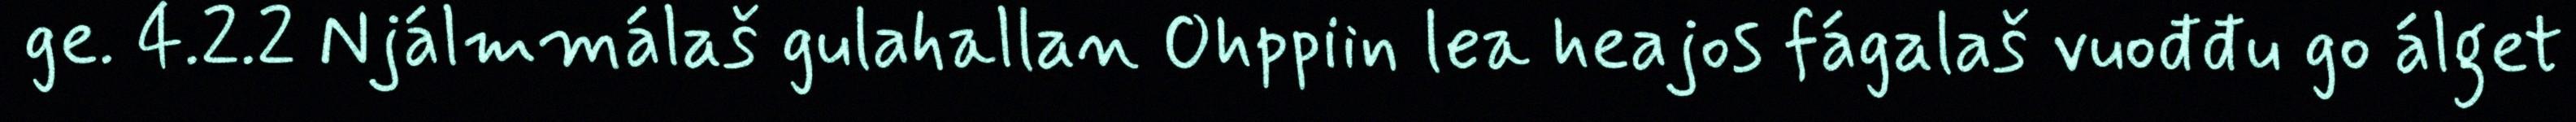
ge. 4.2.2 Njálmmálaš gulahallan Ohppiin lea heajos fágalaš vuođđu go álget